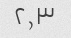
۲٫۳